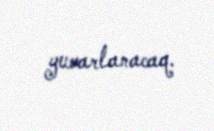
yuvarlanacaq.